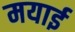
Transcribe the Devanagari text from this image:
मयाई